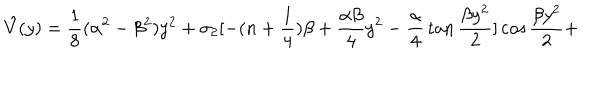
\hat { V } ( y ) = { \frac { 1 } { 8 } } ( \alpha ^ { 2 } - \beta ^ { 2 } ) y ^ { 2 } + \sigma _ { 2 } [ - ( n + { \frac { 1 } { 4 } } ) \beta + { \frac { \alpha \beta } { 4 } } y ^ { 2 } - { \frac { \alpha } { 4 } } \tan { \frac { \beta y ^ { 2 } } { 2 } } ] \cos { \frac { \beta y ^ { 2 } } { 2 } } +